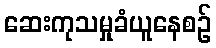
ဆေးကုသမှုခံယူနေစဉ်